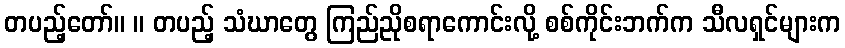
တပည့်တော်။ ။ တပည့် သံဃာတွေ ကြည်ညိုစရာကောင်းလို့ စစ်ကိုင်းဘက်က သီလရှင်များက